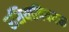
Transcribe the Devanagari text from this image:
रशियाविषयक